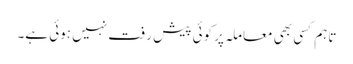
تاہم کسی بھی معاملہ پر کوئی پیش رفت نہیں ہوئی ہے۔